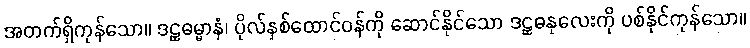
အတက်ရှိကုန်သော။ ဒဠှဓမ္မာနံ၊ ပိုလ်နှစ်ထောင်ဝန်ကို ဆောင်နိုင်သော ဒဠှဓနုလေးကို ပစ်နိုင်ကုန်သော။